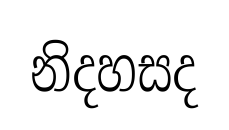
නිදහසද